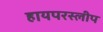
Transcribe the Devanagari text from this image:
हायपरस्लीप